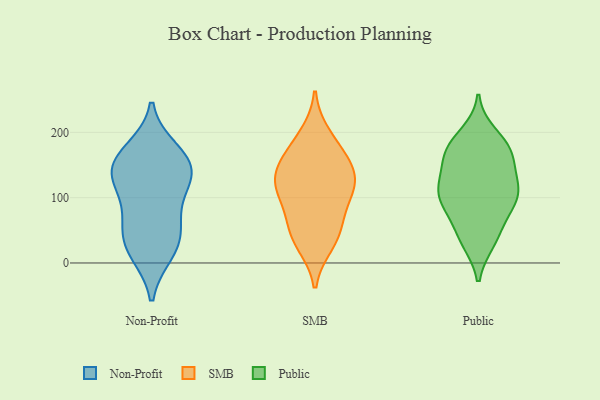
{"axis": {"x": "Operating Costs (USD K)", "y": "Value"}, "legend": ["Non-Profit", "Public", "SMB"], "data": [{"x": "", "y": 172, "type": "Non-Profit"}, {"x": "", "y": 38, "type": "Non-Profit"}, {"x": "", "y": 16, "type": "Non-Profit"}, {"x": "", "y": 68, "type": "Non-Profit"}, {"x": "", "y": 112, "type": "Non-Profit"}, {"x": "", "y": 161, "type": "Non-Profit"}, {"x": "", "y": 132, "type": "Non-Profit"}, {"x": "", "y": 129, "type": "Non-Profit"}, {"x": "", "y": 20, "type": "Non-Profit"}, {"x": "", "y": 155, "type": "Non-Profit"}, {"x": "", "y": 59, "type": "Non-Profit"}, {"x": "", "y": 141, "type": "Non-Profit"}, {"x": "", "y": 30, "type": "SMB"}, {"x": "", "y": 164, "type": "SMB"}, {"x": "", "y": 195, "type": "SMB"}, {"x": "", "y": 125, "type": "SMB"}, {"x": "", "y": 104, "type": "SMB"}, {"x": "", "y": 42, "type": "SMB"}, {"x": "", "y": 167, "type": "SMB"}, {"x": "", "y": 116, "type": "SMB"}, {"x": "", "y": 133, "type": "SMB"}, {"x": "", "y": 51, "type": "SMB"}, {"x": "", "y": 132, "type": "SMB"}, {"x": "", "y": 79, "type": "SMB"}, {"x": "", "y": 122, "type": "Public"}, {"x": "", "y": 180, "type": "Public"}, {"x": "", "y": 110, "type": "Public"}, {"x": "", "y": 142, "type": "Public"}, {"x": "", "y": 170, "type": "Public"}, {"x": "", "y": 178, "type": "Public"}, {"x": "", "y": 73, "type": "Public"}, {"x": "", "y": 46, "type": "Public"}, {"x": "", "y": 160, "type": "Public"}, {"x": "", "y": 91, "type": "Public"}, {"x": "", "y": 106, "type": "Public"}, {"x": "", "y": 33, "type": "Public"}, {"x": "", "y": 197, "type": "Public"}, {"x": "", "y": 110, "type": "Public"}, {"x": "", "y": 165, "type": "Public"}, {"x": "", "y": 110, "type": "Public"}, {"x": "", "y": 90, "type": "Public"}, {"x": "", "y": 34, "type": "Public"}]}